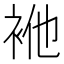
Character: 𮕴